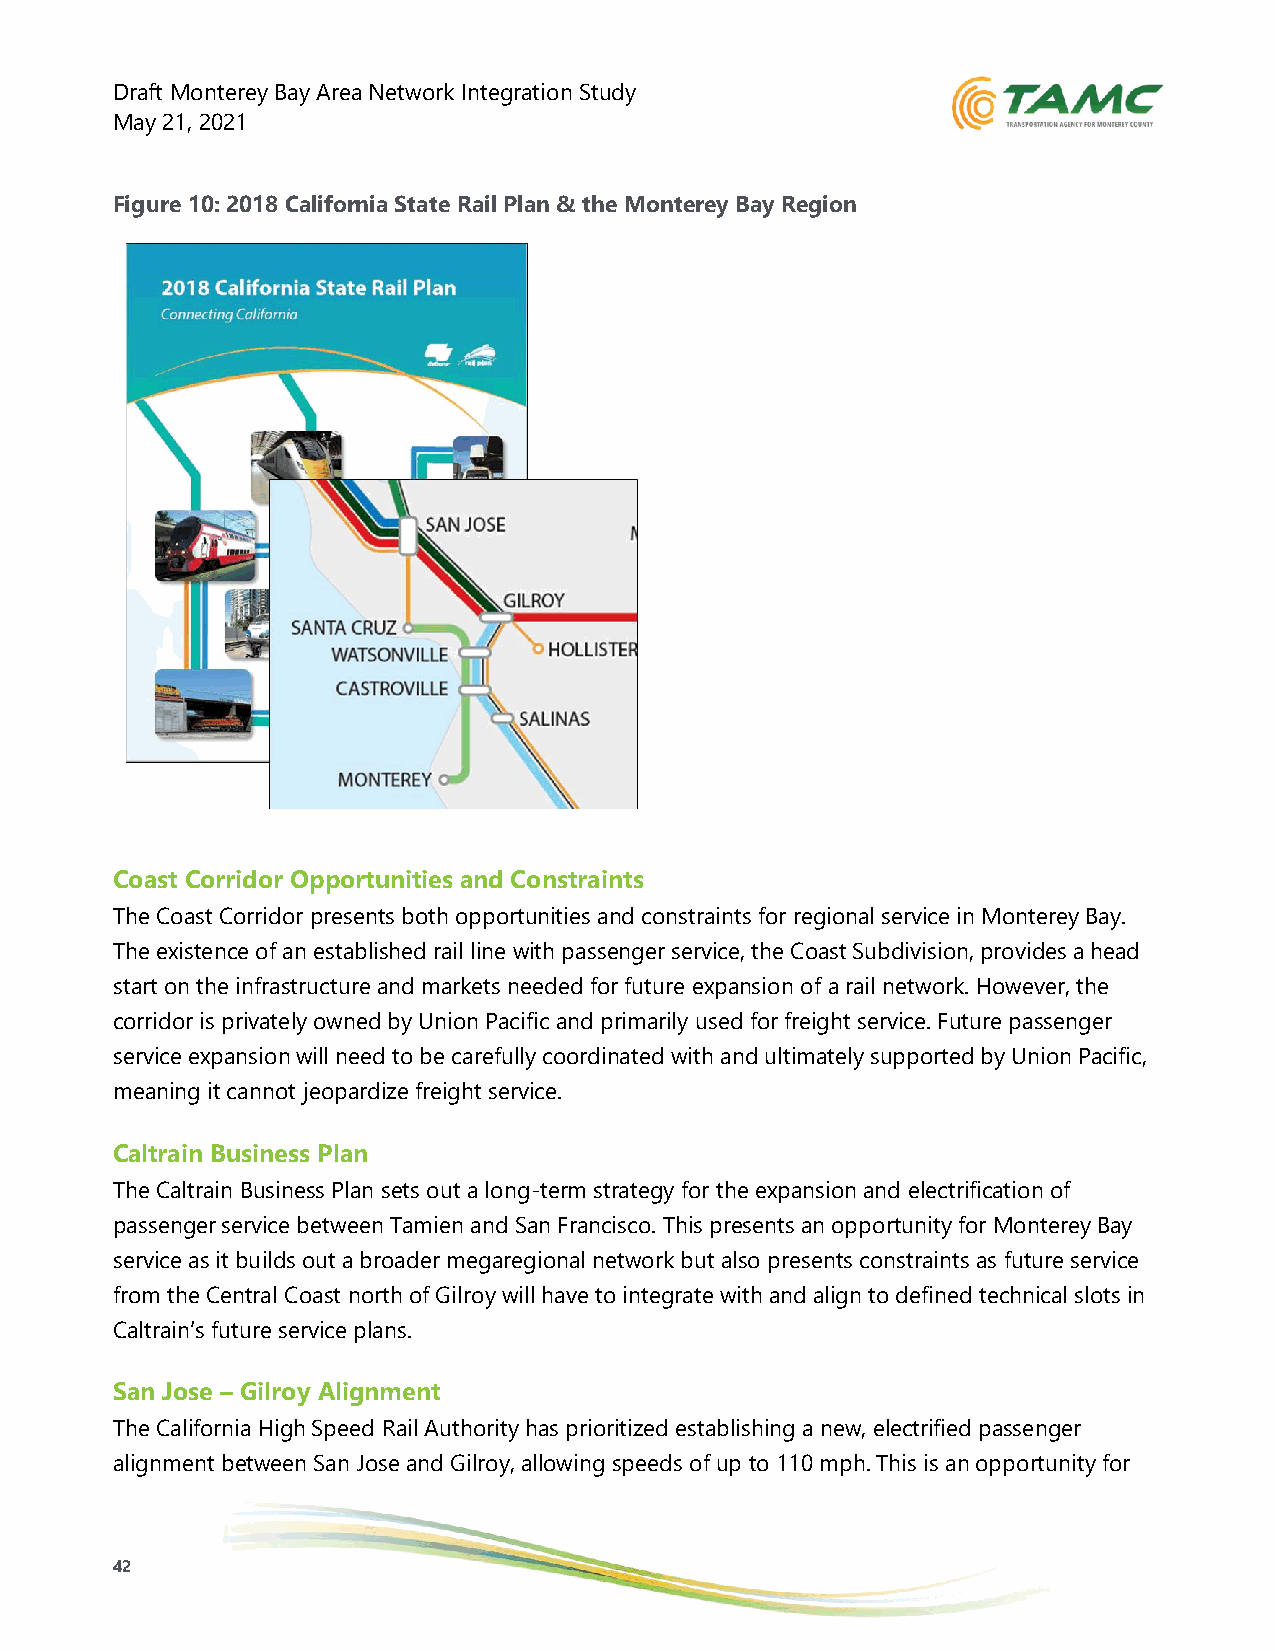
Draft Monterey Bay Area Network Integration Study
 May 21, 2021
 Figure 10: 2018 California State Rail Plan & the Monterey Bay Region
 Coast Corridor Opportunities and Constraints
 The Coast Corridor presents both opportunities and constraints for regional service in Monterey Bay.
 The existence of an established rail line with passenger service, the Coast Subdivision, provides a head
 start on the infrastructure and markets needed for future expansion of a rail network. However, the
 corridor is privately owned by Union Pacific and primarily used for freight service. Future passenger
 service expansion will need to be carefully coordinated with and ultimately supported by Union Pacific,
 meaning it cannot jeopardize freight service.
 Caltrain Business Plan
 The Caltrain Business Plan sets out a long-term strategy for the expansion and electrification of
 passenger service between Tamien and San Francisco. This presents an opportunity for Monterey Bay
 service as it builds out a broader megaregional network but also presents constraints as future service
 from the Central Coast north of Gilroy will have to integrate with and align to defined technical slots in
 Caltrain’s future service plans.
 San Jose – Gilroy Alignment
 The California High Speed Rail Authority has prioritized establishing a new, electrified passenger
 alignment between San Jose and Gilroy, allowing speeds of up to 110 mph. This is an opportunity for
 42